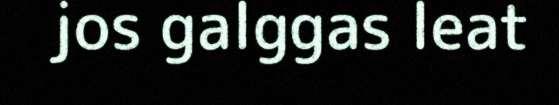
jos galggas leat